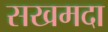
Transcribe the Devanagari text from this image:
सखमदा